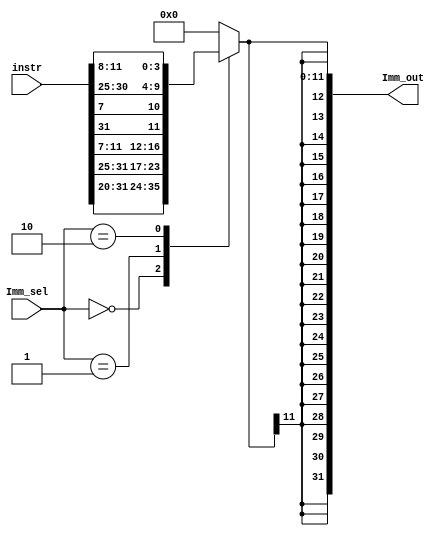
module Imm_Gen(instr, Imm_out, Imm_sel);
	input wire [31:0] instr;
	input wire [1:0] Imm_sel;
	output wire [31:0] Imm_out;
	
	reg [11:0] Imm_intermediate ;
	
	localparam [2:0] R_type = 2'bxx, I_type = 2'b00, S_type = 2'b01, B_type = 2'b10 ;
	
	always @(*)
		case(Imm_sel)
			I_type: Imm_intermediate = instr[31:20];
			S_type: Imm_intermediate = {instr[31:25],instr[11:7]};
			B_type: Imm_intermediate = {instr[31],instr[7],instr[30:25],instr[11:8]};
			default: Imm_intermediate = 12'b0;
		endcase
		
	assign Imm_out = {{20{Imm_intermediate[11]}}, Imm_intermediate[11:0]};		
endmodule